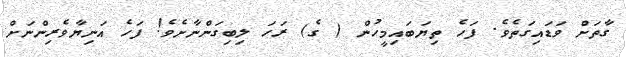
ގާތަށް ވަޑައިގަތެވެ. ފަހެ ތިޔަބައިމީހުން ( ގެ) ރަހަ ލިބިގަންނާށެވެ! ފަހެ އަނިޔާވެރިންނަށް